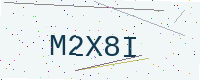
Text: M2X8I